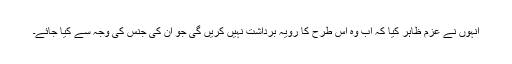
انہوں نے عزم ظاہر کیا کہ اب وہ اس طرح کا رویہ برداشت نہیں کریں گی جو ان کی جنس کی وجہ سے کیا جائے۔